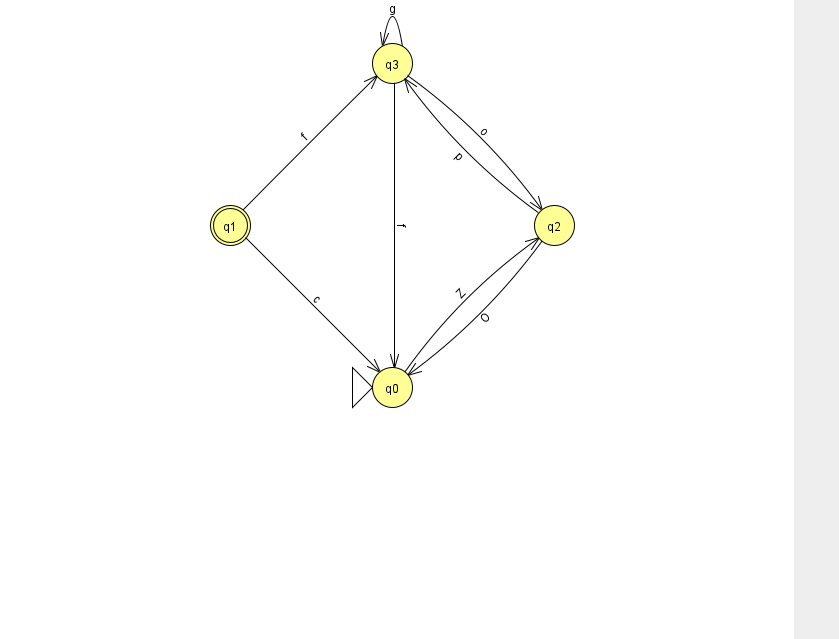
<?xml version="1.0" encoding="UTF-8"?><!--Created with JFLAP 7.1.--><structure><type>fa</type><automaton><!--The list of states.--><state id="0" name="q0"><x>392.0</x><y>374.0</y><initial/></state><state id="1" name="q1"><x>230.0</x><y>212.0</y><final/></state><state id="2" name="q2"><x>554.0</x><y>212.0</y></state><state id="3" name="q3"><x>392.0</x><y>50.0</y></state><!--The list of transitions.--><transition><from>2</from><to>3</to><read>p</read></transition><transition><from>3</from><to>0</to><read>f</read></transition><transition><from>3</from><to>3</to><read>g</read></transition><transition><from>0</from><to>2</to><read>Z</read></transition><transition><from>1</from><to>3</to><read>f</read></transition><transition><from>2</from><to>0</to><read>O</read></transition><transition><from>3</from><to>2</to><read>o</read></transition><transition><from>1</from><to>0</to><read>c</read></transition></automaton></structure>